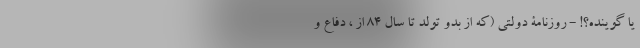
یا گوینده؟! - روزنامۀ دولتی (که از بدو تولد تا سال 84 از ، دفاع و